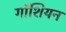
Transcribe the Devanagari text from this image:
गॉशियन